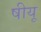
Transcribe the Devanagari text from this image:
षीयू